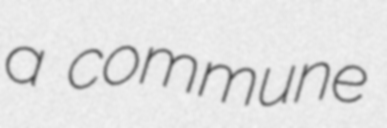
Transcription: a commune